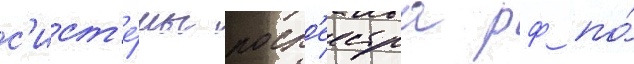
с'ист'е́мы роср'еестра рф по́